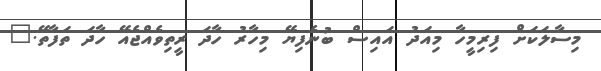
މިސާލަކަށް ފިރިމީހާ މިއަދު އައިސް ބުނެފިޔޭ މިހާރު ހާދަ ރީތިވެއްޖެއޭ ހާދަ ތަފާތޭ."